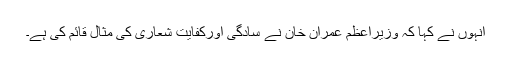
انہوں نے کہا کہ وزیراعظم عمران خان نے سادگی اورکفایت شعاری کی مثال قائم کی ہے۔